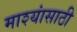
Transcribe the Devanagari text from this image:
माश्यांसाठी